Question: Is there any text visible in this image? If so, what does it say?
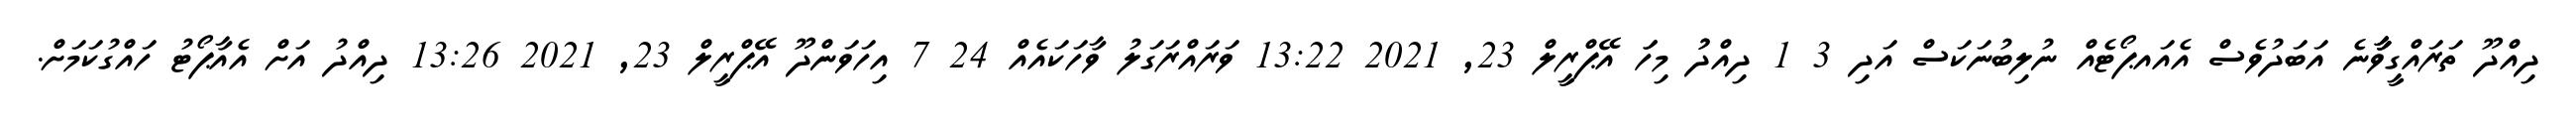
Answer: ދިއްދޫ ތަރައްގީވާާާނެ އަބަދުވެސް އެއައޕޯޓެއް ނުލިބުނަކަސް އަދި 3 1 ދިއްދުު މިހަަ އޭޕްރީލް 23, 2021 13:22 ވަރައްރަގަލު ވާހަކައެއް 24 7 އިހަވަންދޫ އޭޕްރީލް 23, 2021 13:26 ދިއްދު އަށް އެއާޕޯޓު ހައްގުކަމަށް.